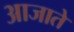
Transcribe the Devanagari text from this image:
आजाते